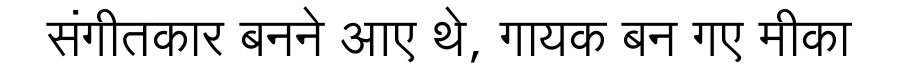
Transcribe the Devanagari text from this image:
संगीतकार बनने आए थे, गायक बन गए मीका